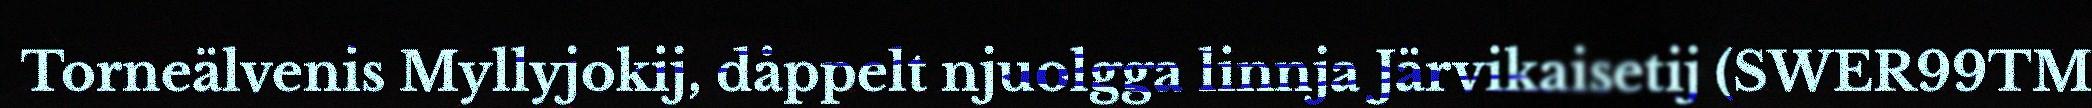
Torneälvenis Myllyjokij, dåppelt njuolgga linnja Järvikaisetij (SWER99TM